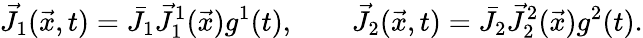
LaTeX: \vec{J}_{1}(\vec{x},t)=\bar{J}_{1}\vec{J}_{1}^{1}(\vec{x})g^{1}(t),\qquad\vec{J}_{2}(\vec{x},t)=\bar{J}_{2}\vec{J}_{2}^{2}(\vec{x})g^{2}(t).